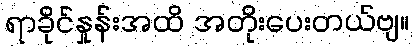
ရာခိုင်နှုန်းအထိ အတိုးပေးတယ်ဗျ။